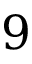
9